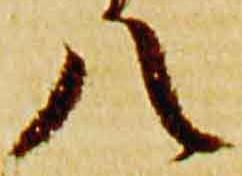
八